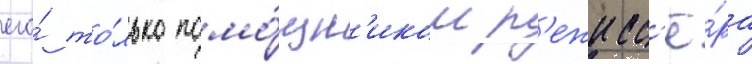
его́ то́лько помо́щн'иком р'ежисс'ё́ра